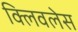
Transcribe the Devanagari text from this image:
क्लिवलेस